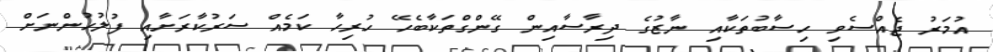
އުމަރު ޖެއްސެވި ހިސާބުތަކާއި ނާޒުގެ ދިރާސާއިން ގޭންގްތަކާބެހޭ ހުރިހާ ކަމެއް ސަރުކާރަށާއި ފުލުހުންނަށް